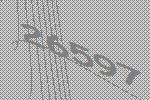
26597